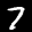
Label: 7